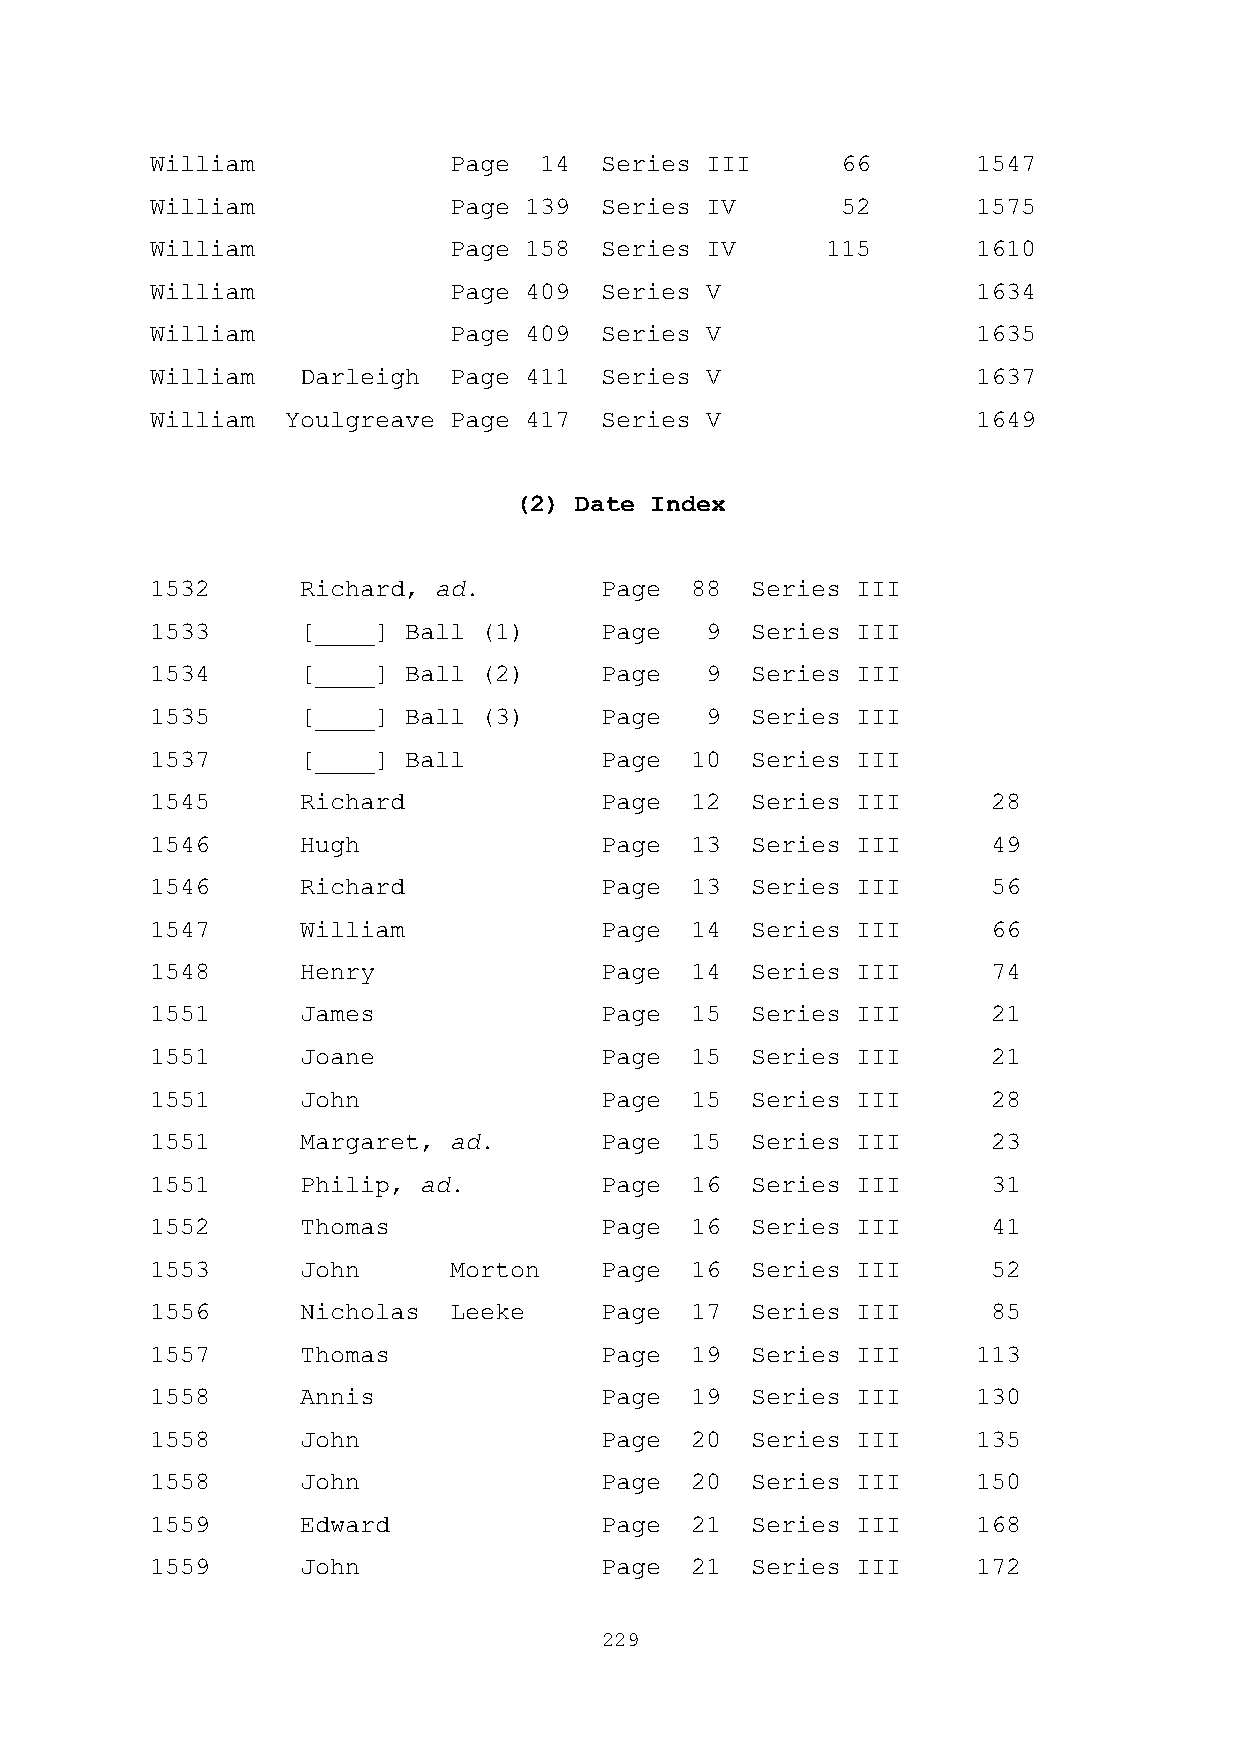
William             Page  14  Series III      66       1547
 William             Page 139  Series IV       52       1575
 William             Page 158  Series IV      115       1610
 William             Page 409  Series V                 1634
 William             Page 409  Series V                 1635
 William   Darleigh  Page 411  Series V                 1637
 William  Youlgreave Page 417  Series V                 1649
 (2) Date Index
 1532      Richard, ad.        Page  88  Series III
 1533      [____] Ball (1)     Page   9  Series III
 1534      [____] Ball (2)     Page   9  Series III
 1535      [____] Ball (3)     Page   9  Series III
 1537      [____] Ball         Page  10  Series III
 1545      Richard             Page  12  Series III      28
 1546      Hugh                Page  13  Series III      49
 1546      Richard             Page  13  Series III      56
 1547      William             Page  14  Series III      66
 1548      Henry               Page  14  Series III      74
 1551      James               Page  15  Series III      21
 1551      Joane               Page  15  Series III      21
 1551      John                Page  15  Series III      28
 1551      Margaret, ad.       Page  15  Series III      23
 1551      Philip, ad.         Page  16  Series III      31
 1552      Thomas              Page  16  Series III      41
 1553      John      Morton    Page  16  Series III      52
 1556      Nicholas  Leeke     Page  17  Series III      85
 1557      Thomas              Page  19  Series III     113
 1558      Annis               Page  19  Series III     130
 1558      John                Page  20  Series III     135
 1558      John                Page  20  Series III     150
 1559      Edward              Page  21  Series III     168
 1559      John                Page  21  Series III     172
 229